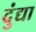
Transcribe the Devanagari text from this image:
दुंद्या